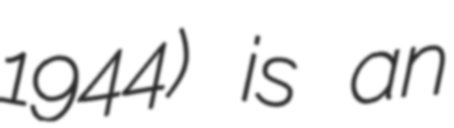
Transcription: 1944) is an